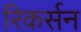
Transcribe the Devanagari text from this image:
रिकर्सन